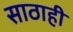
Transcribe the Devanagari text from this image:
साठाही